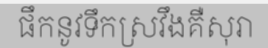
ផឹកនូវទឹកស្រវឹងគឺសុរា